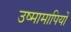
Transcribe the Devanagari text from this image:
उष्मामापियों